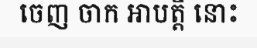
ចេញ ចាក អាបត្តិ នោះ